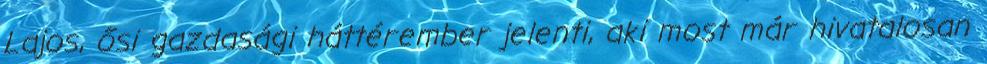
Lajos, ősi gazdasági háttérember jelenti, aki most már hivatalosan